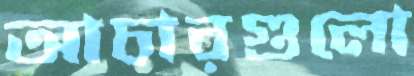
আচারগুলো